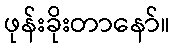
ဖုန်းခိုးတာနော်။